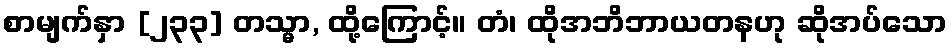
စာမျက်နှာ [၂၃၃] တသ္မာ, ထို့ကြောင့်။ တံ၊ ထိုအဘိဘာယတနဟု ဆိုအပ်သော